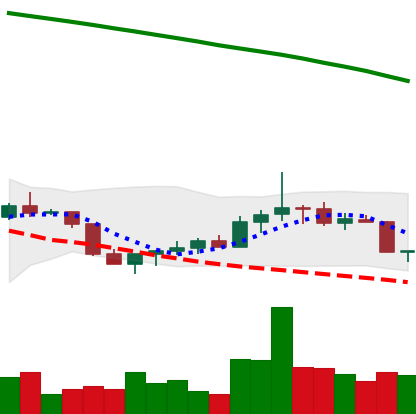
Ticker: DOGE-USD
Chart end date: 2022-07-26
Forward return: 9.214%
Label: up_7plus